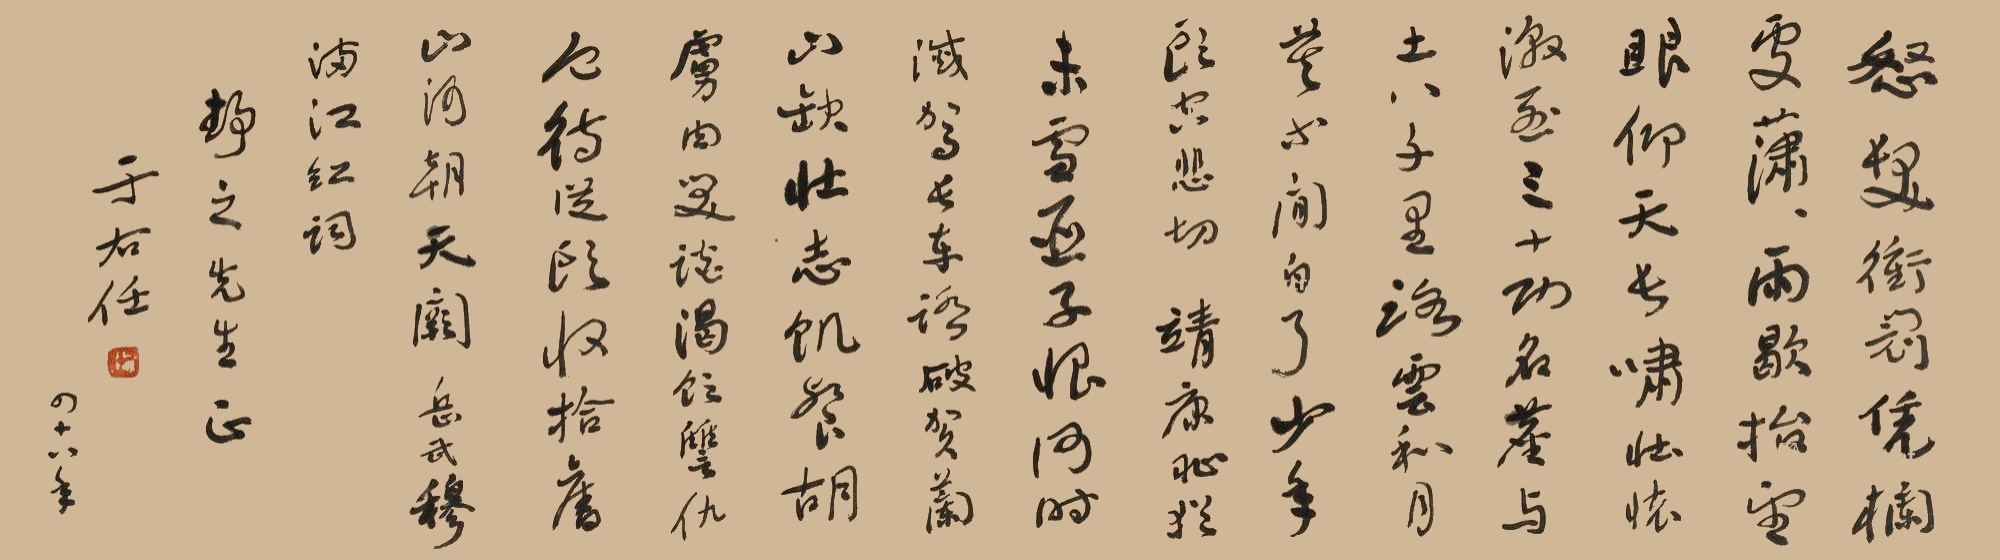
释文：怒发冲冠，凭栏处、潇潇雨歇。抬望眼，仰天长啸，壮怀激烈。三十功名尘与土，八千里路云和月。莫等闲，白了少年头，空悲切！靖康耻，犹未雪。臣子恨，何时灭！驾长车，踏破贺兰山缺。壮志饥餐胡虏肉，笑谈渴饮讐仇血。待从头、收拾旧山河，朝天阙。岳武穆满江红词，静之先生正，于右任。四十八年。